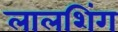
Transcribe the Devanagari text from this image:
लालशिंग